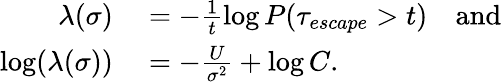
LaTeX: \begin{array}{rl}{\lambda(\sigma)}&{{}=-\frac{1}{t}\log P(\tau_{escape}>t)\quad\mathrm{and}}\\ {\log(\lambda(\sigma))}&{{}=-\frac{U}{\sigma^{2}}+\log C.}\end{array}